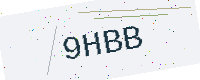
Text: 9HBB